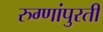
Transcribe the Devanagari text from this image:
रुग्णांपुरती